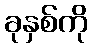
ခုနှစ်ကို